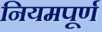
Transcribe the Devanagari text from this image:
नियमपूर्ण